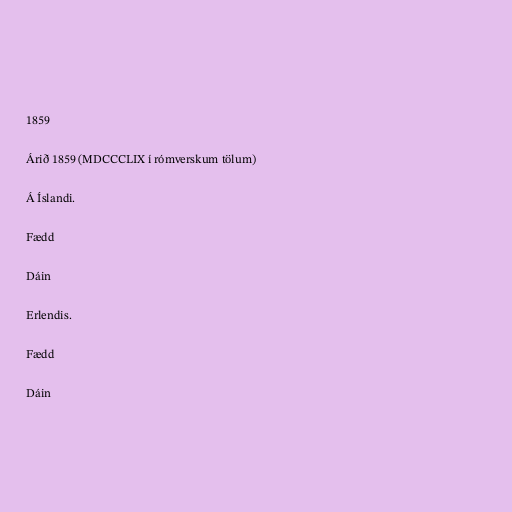
1859

Árið 1859 (MDCCCLIX í rómverskum tölum)

Á Íslandi.

Fædd

Dáin

Erlendis.

Fædd

Dáin